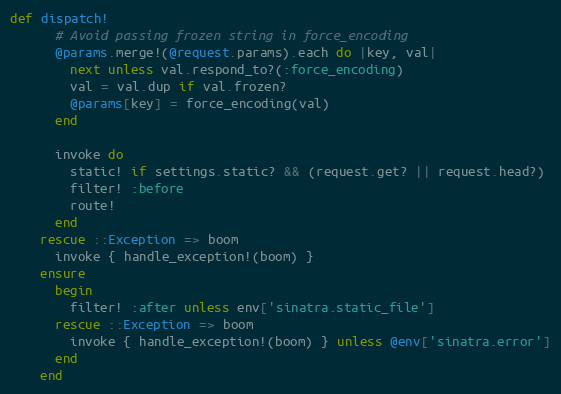
Language: Ruby
def dispatch!
      # Avoid passing frozen string in force_encoding
      @params.merge!(@request.params).each do |key, val|
        next unless val.respond_to?(:force_encoding)
        val = val.dup if val.frozen?
        @params[key] = force_encoding(val)
      end

      invoke do
        static! if settings.static? && (request.get? || request.head?)
        filter! :before
        route!
      end
    rescue ::Exception => boom
      invoke { handle_exception!(boom) }
    ensure
      begin
        filter! :after unless env['sinatra.static_file']
      rescue ::Exception => boom
        invoke { handle_exception!(boom) } unless @env['sinatra.error']
      end
    end